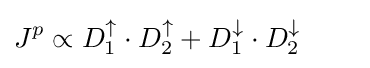
J^{p}\propto D_{1}^{\uparrow }\cdot D_{2}^{\uparrow }+D_{1}^{\downarrow }\cdot D_{2}^{\downarrow }\qquad